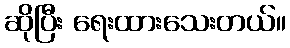
ဆိုပြီး ရေးထားသေးတယ်။